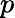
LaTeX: \mathnormal{p}